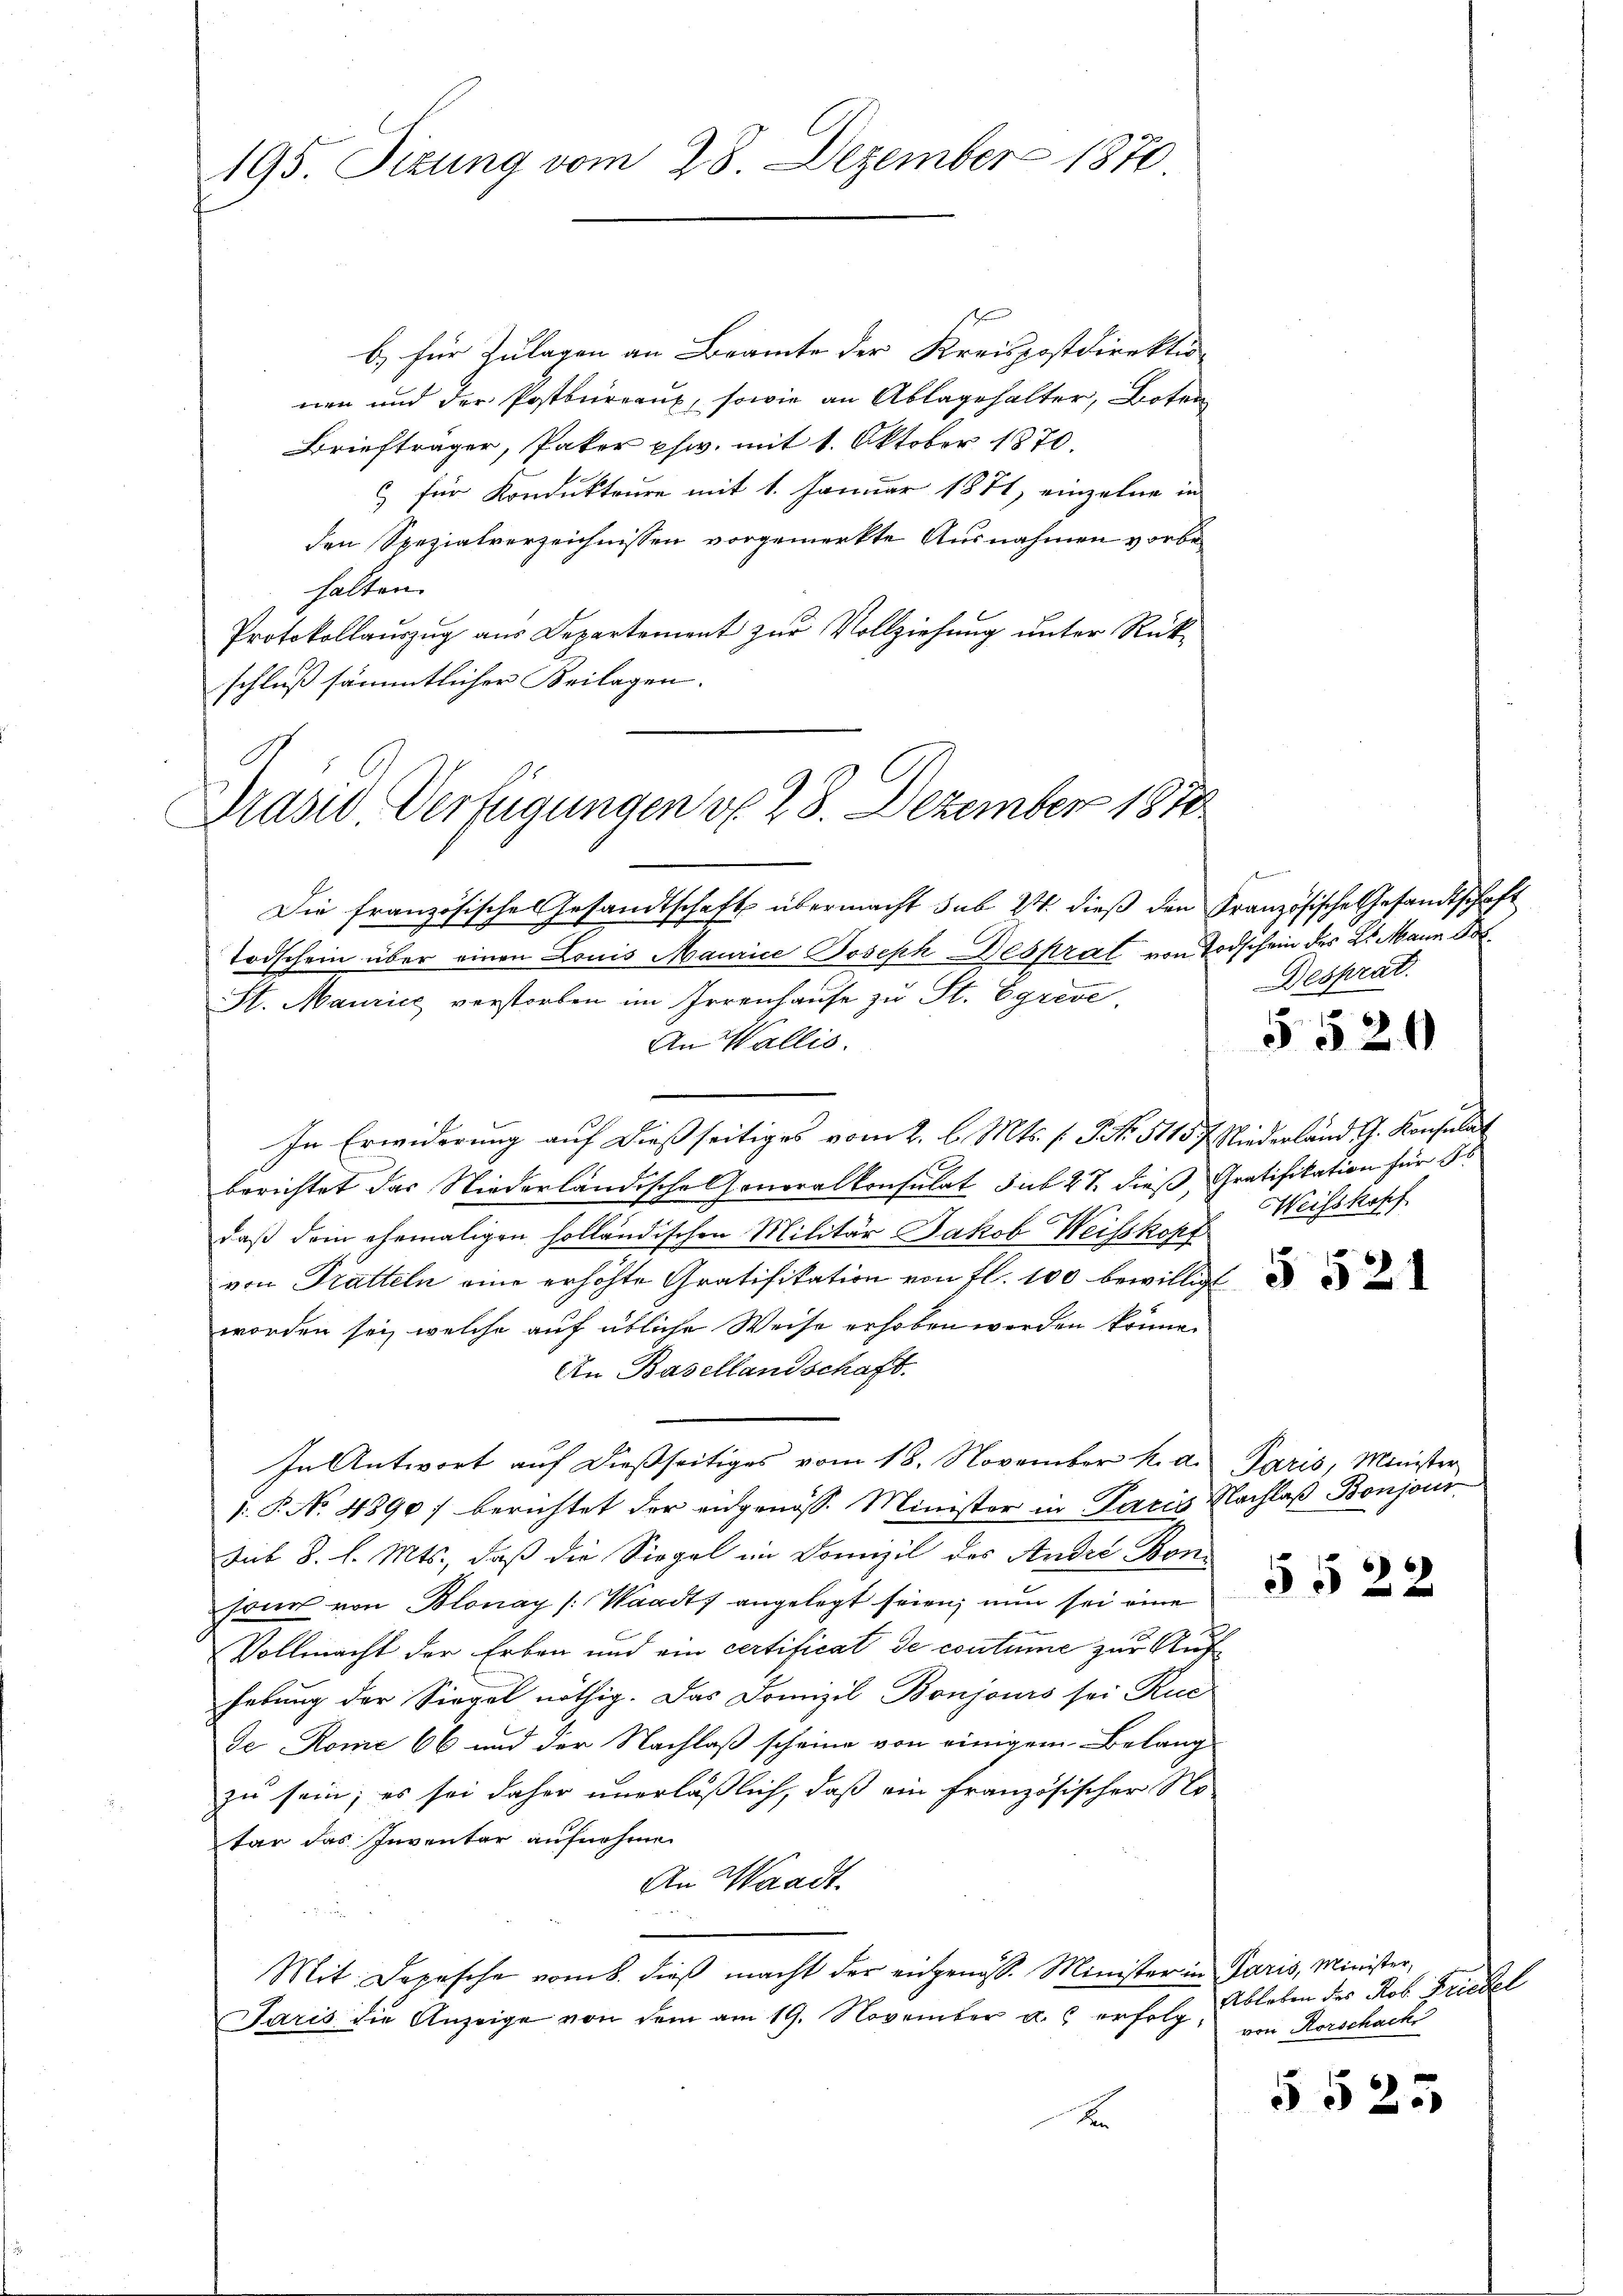
195. Sizung vom 28. Dezember 1870

b.) für Zulagen an Beamte der Kreispostdirektion
nen und der Postbureaux, sowie an Ablagehalter, Boten
Briefträger, Pater phw. mit 1. Oktober 1870.
c für Kondukteure mit 1. Januar 1871, einzelne in
den Spezialverzeichnissen vorgemerkte Ausnahmen vorbehalten.
Protokollauszug aus Departement zur Vollziehung unter Rückschluß sämmtlicher Beilagen.
Präsid Verfügungen v. 28. Dezember 1870

erhand
Besprat.

Die französische Gesandtschaft übermacht sub 24 dieß den Französische Gesandtschaft
Todschein über einen Louis Maurice Joseph Despral von Todschein des 2. Mann Bot
St. Maurice verstorben im Irrenhause zu St. Egreve
An Wallis.
In Erwiderung auf dießseitiges vom 2. l. Mts. f. No. 5115 f. Niederland G. Konsulat
berichtet das Niederländische Generalkonsulat sub 27. dieß, Gratifikation für 36
daß dein ehemaligen holländischen Militär Jakob Weisskopf
von Tratteln eine erhöhte Gratifikation von fl. 100 bewilligt
worden sei, welche auf übliche Weise erhoben werden könne.
An Basellandschaft.
In Antwort auf dießseitiges vom 18. November h. d. Paris, Minister
1: P. No. 4890) berichtet der eidgenöss. Minister in Paris Nachlaß Bonjour
Sub 8. d. Mts., daß die Siegel im Domizil des André Bonson von Blonay (Waadt angelegt seien; nun sei eine
d
Vollmacht der Erben und ein certificat de coutume zur Aufhebung der Siegel nöthig. Das Domizil Bonjours sei Kuc
de Rome 66 und der Nachlaß scheine von einigem Belang
zu sein; es sei daher unerläßlich, daß ein französischer No-
tar das Inventar aufnehme
An Waadt.
Mit Depesche vom 8. dieß macht der eidgenoss. Minister in Paris, Minister,
Paris die Anzeige von dem am 19. November u. erfolg von Rorschack
x

5520

Weisskopf

§ 521

5522

Ableben des Rob. Friedel

5525